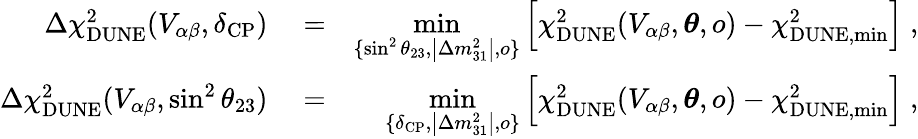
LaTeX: \begin{array}{rlr}{\Delta\chi_{\mathrm{DUNE}}^{2}(V_{\alpha\beta},\delta_{\mathrm{CP}})}&{{}=}&{\underset{\{ \sin^{2}\theta_{23},\left\vert\Delta m_{31}^{2}\right\vert,o\} }{\mathrm{min}}\left[\chi_{\mathrm{DUNE}}^{2}(V_{\alpha\beta},\boldsymbol{\theta},o)-\chi_{\mathrm{DUNE,min}}^{2}\right]\; ,}\\ {\Delta\chi_{\mathrm{DUNE}}^{2}(V_{\alpha\beta},\sin^{2}\theta_{23})}&{{}=}&{\underset{\{ \delta_{\mathrm{CP}},\left\vert\Delta m_{31}^{2}\right\vert,o\} }{\mathrm{min}}\left[\chi_{\mathrm{DUNE}}^{2}(V_{\alpha\beta},\boldsymbol{\theta},o)-\chi_{\mathrm{DUNE,min}}^{2}\right]\; ,}\end{array}